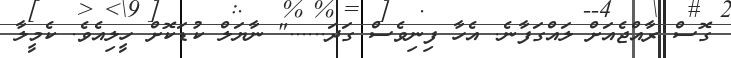
ގޮސް ރާއްޖެއަށް ލައްގަފާނެ. އެހާ ފިނިވެސް ގަދަ......" ނާޔަލް ކުޑަކޮށް ހީލިއެވެ. ކެމީލާ